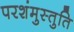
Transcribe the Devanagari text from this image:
परशंमुस्तुति